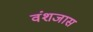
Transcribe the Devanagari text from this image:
वंशजास